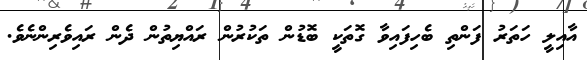
އާއިލީ ހަތަރު ފަންތި ބެހިފައިވާ ގޮތަކީ ބޮޑުން ތަކުރުން ރައްޔިތުން ދެން ރައިވެރިންނެވެ.